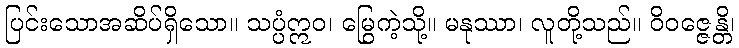
ပြင်းသောအဆိပ်ရှိသော။ သပ္ပံဣဝ၊ မြွေကဲ့သို့။ မနုဿာ၊ လူတို့သည်။ ဝိဝဇ္ဇေန္တိ၊